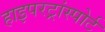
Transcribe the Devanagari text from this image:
हाइपरट्रांस्पोर्ट